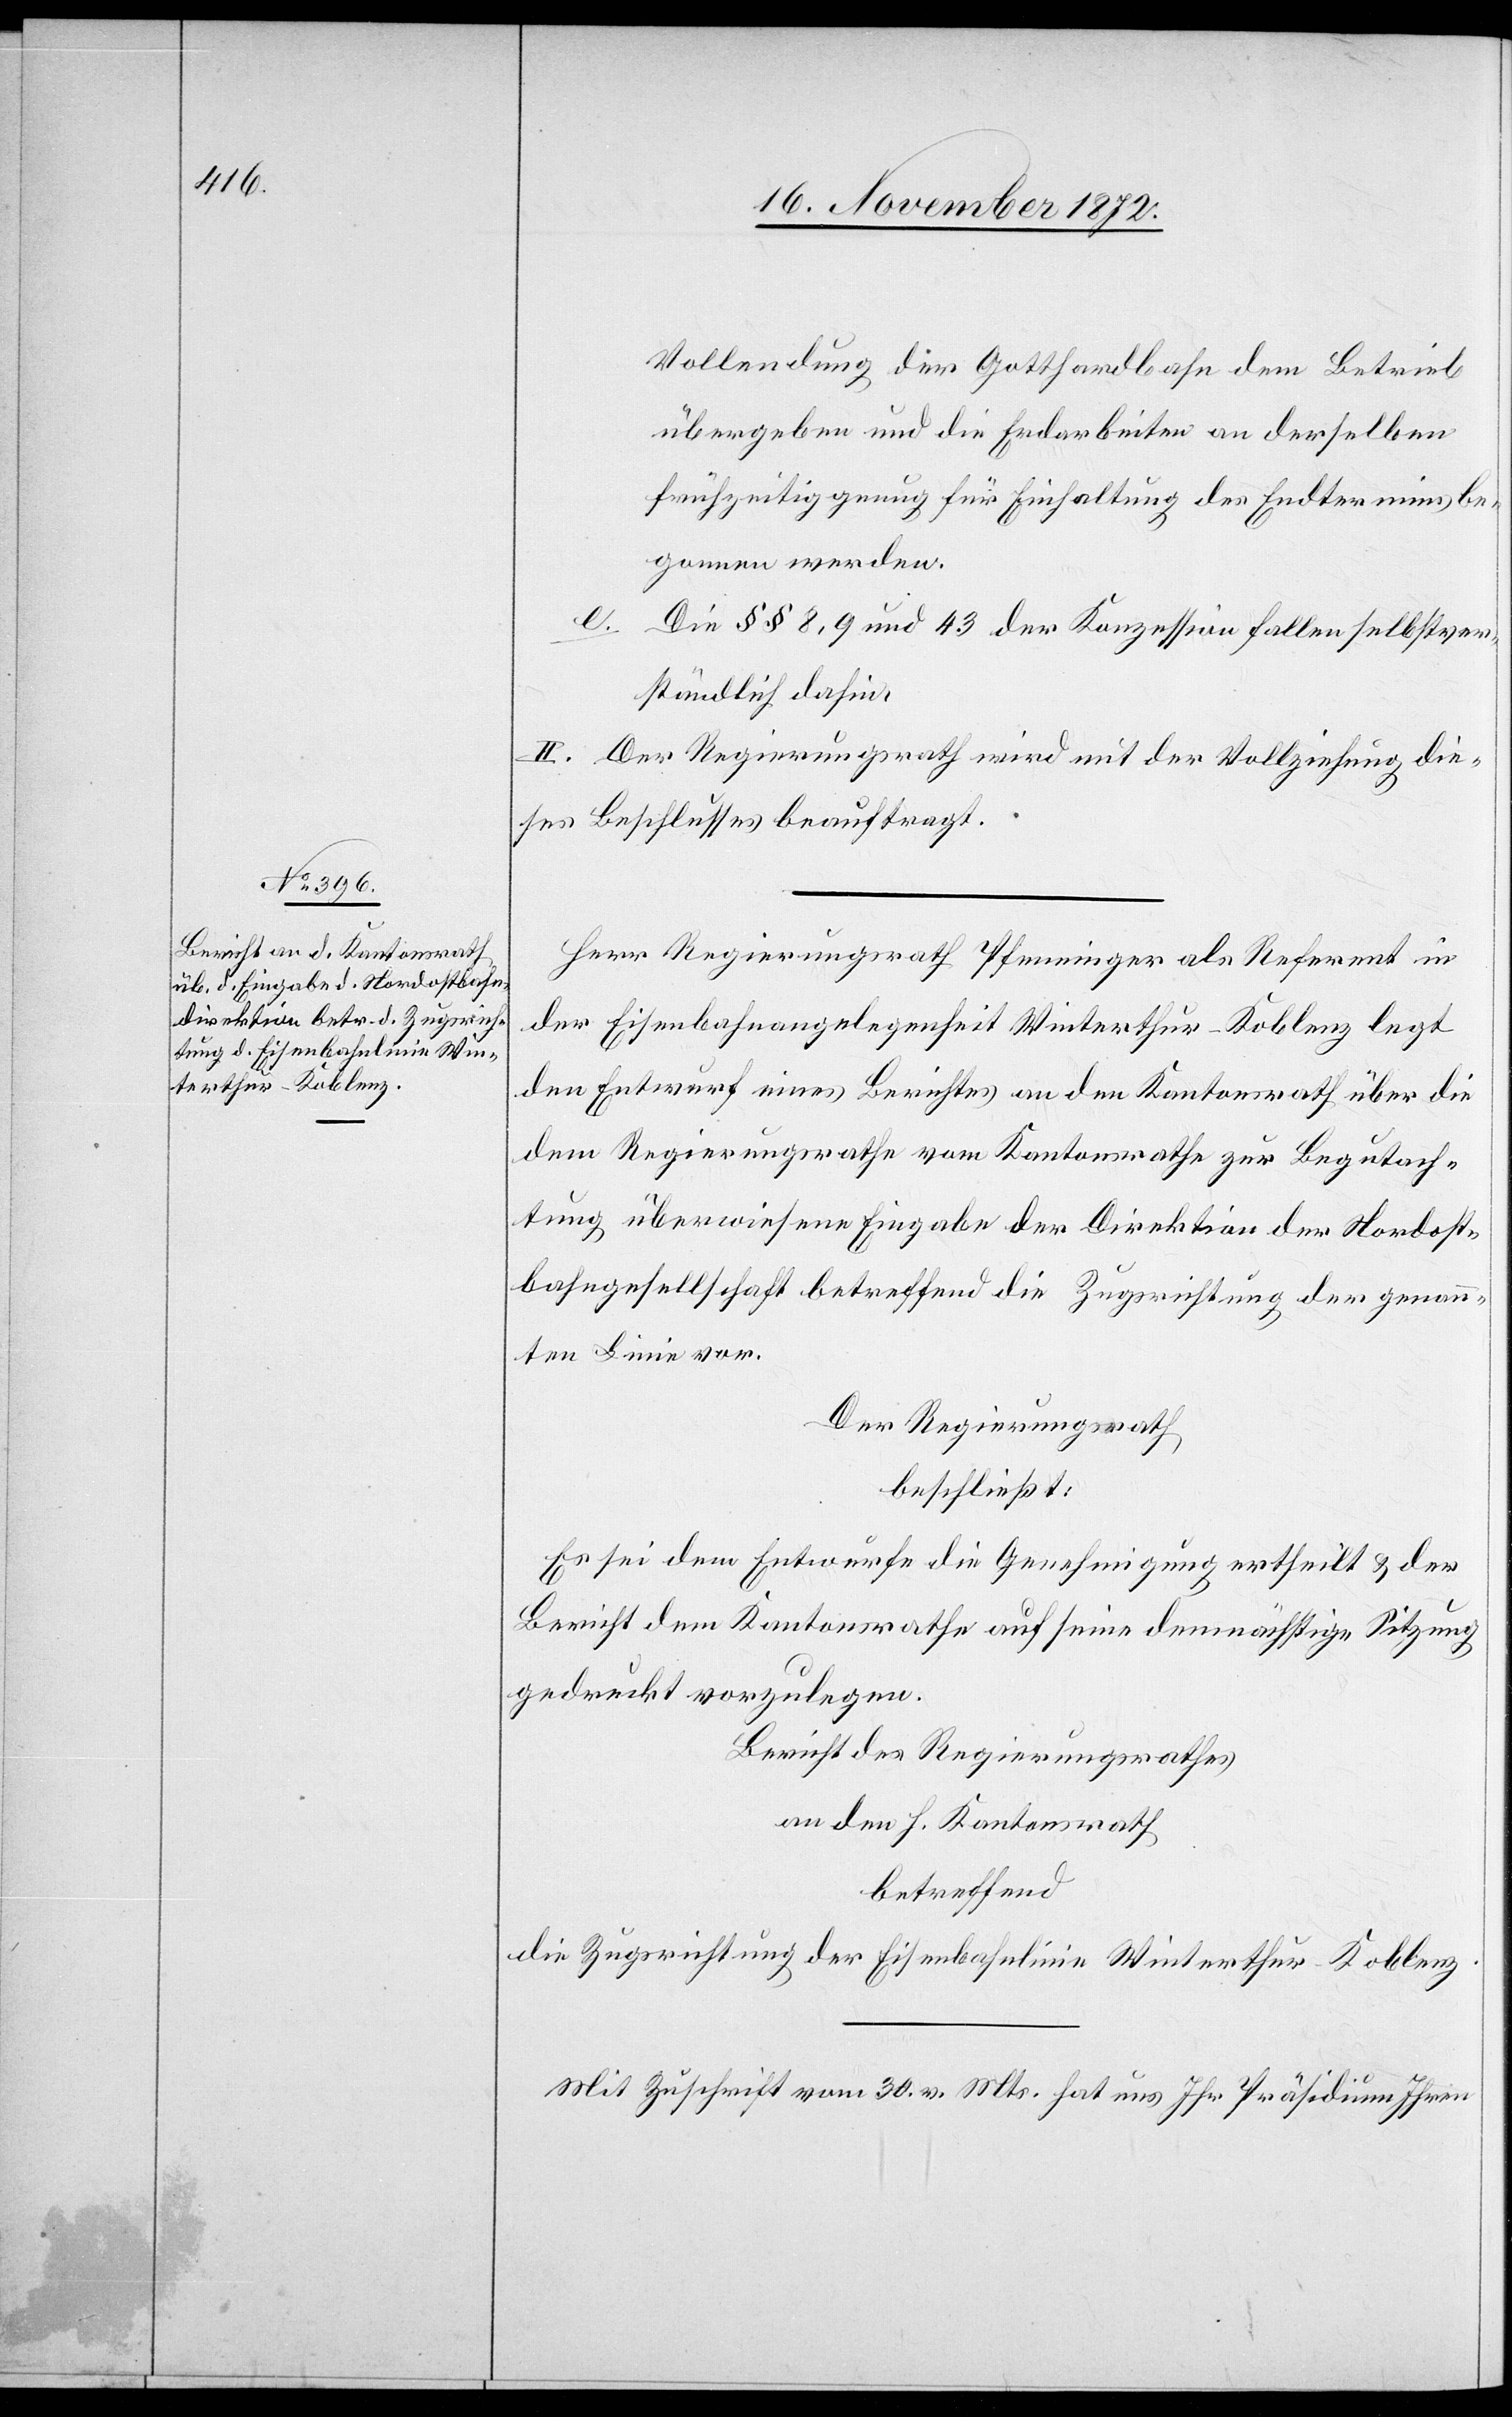
Vollendung der Gotthardbahn dem Betrieb
übergeben und die Erdarbeiten an derselben
frühzeitig genug für Einhaltung des Endtermins be¬
gonnen werden.
e.
Die §§ 8, 9 und 43 der Konzession fallen selbstver¬
ständlich dahin.
II. Der Regierungsrath wird mit der Vollziehung die¬
ses Beschlusses beauftragt.
Herr Regierungsrath Pfenninger als Referent in
der Eisenbahnangelegenheit Winterthur–Koblenz legt
den Entwurf eines Berichtes an den Kantonsrath über die
dem Regierungsrathe vom Kantonsrathe zur Begutach¬
tung überwiesene Eingabe der Direktion der Nordost¬
bahngesellschaft betreffend die Zugsrichtung der genann¬
ten Linie vor.
Der Regierungsrath
beschließt:
Es sei dem Entwurfe die Genehmigung ertheilt u. der
Bericht dem Kantonsrathe auf seine demnächstige Sitzung
gedruckt vorzulegen.
Bericht des Regierungsrathes
an den h. Kantonsrath
betreffend
die Zugsrichtung der Eisenbahnlinie Winterthur–Koblenz.
Mit Zuschrift vom 30. v. Mts. hat uns Ihr Präsidium Ihren